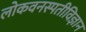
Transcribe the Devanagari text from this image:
लोकवनस्पतीविज्ञान